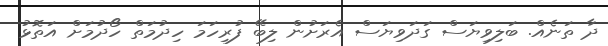
ދާ ތަނެއް. ބަލިވިޔަސް ގަދަވިޔަސް އެރަށުން ލިބޭ ފުރިހަމަ ހިދުމަތް ހޯދުމަށް އަތޮޅު